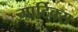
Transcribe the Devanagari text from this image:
मार्टिक्स